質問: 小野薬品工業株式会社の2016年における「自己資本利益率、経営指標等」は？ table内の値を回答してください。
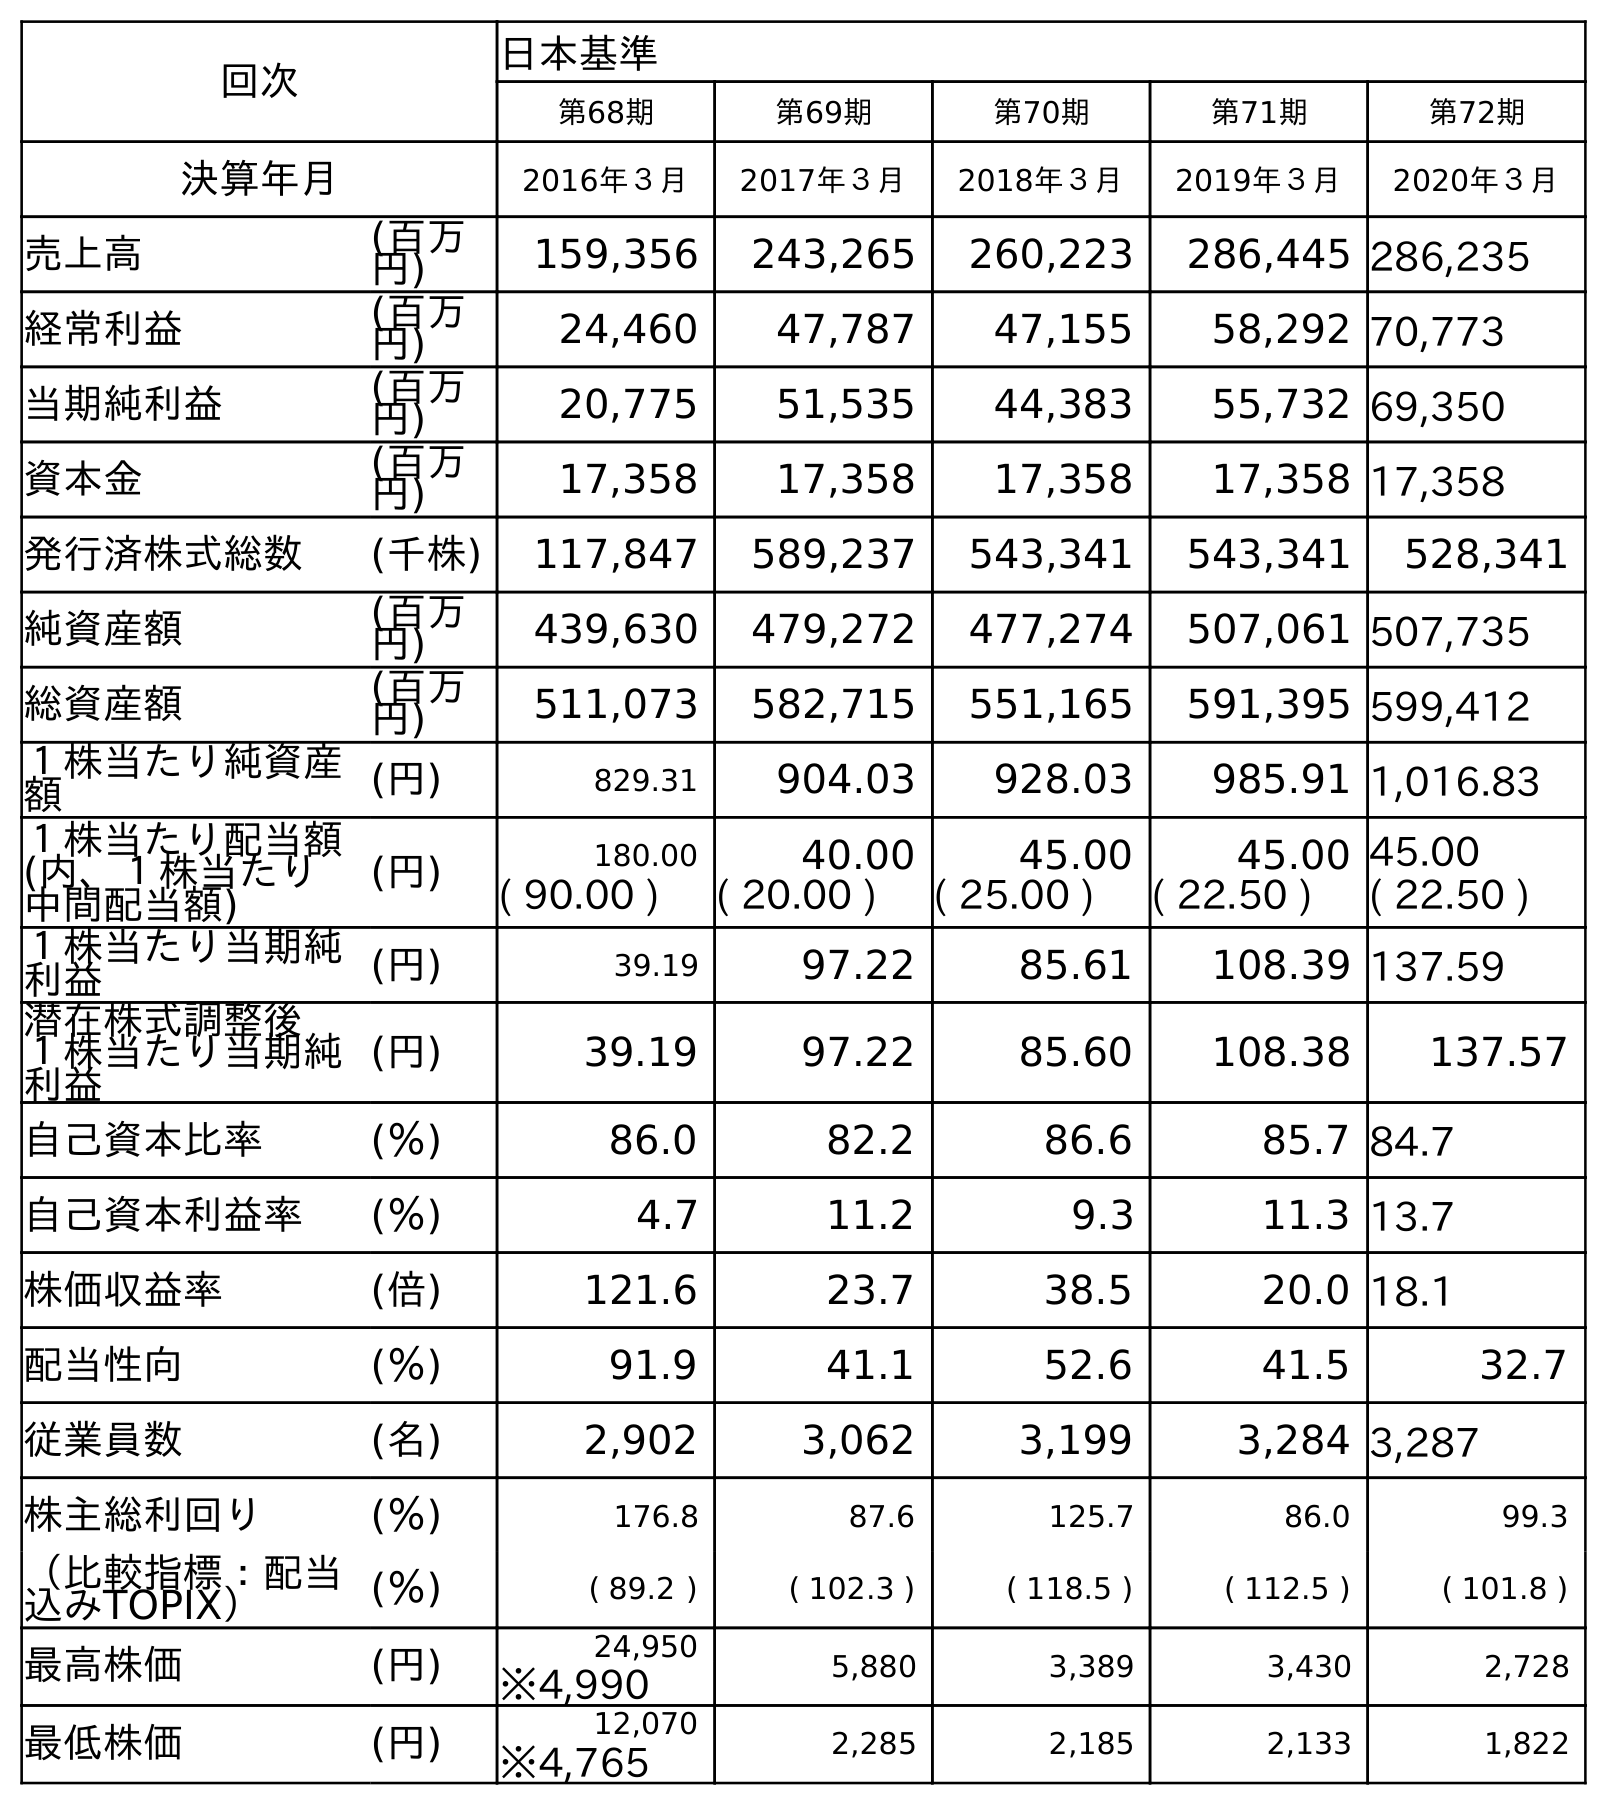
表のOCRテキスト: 回次 日本基準 第68期 第69期 第70期 第71期 第72期 決算年月 2016年３月 2017年３月 2018年３月 2019年３月 2020年３月 売上高 (百万 円) 159,356 243,265 260,223 286,445 286,235 経常利益 (百万 円) 24,460 47,787 47,155 58,292 70,773 当期純利益 (百万 円) 20,775 51,535 44,383 55,732 69,350 資本金 (百万 円) 17,358 17,358 17,358 17,358 17,358 発行済株式総数 (千株) 117,847 589,237 543,341 543,341 528,341 純資産額 (百万 円) 439,630 479,272 477,274 507,061 507,735 総資産額 (百万 円) 511,073 582,715 551,165 591,395 599,412 １株当たり純資産 額 (円) 829.31 904.03 928.03 985.91 1,016.83 １株当たり配当額 (内、１株当たり 中間配当額) (円) 180.00 40.00 45.00 45.00 45.00 ( 90.00 ) ( 20.00 ) ( 25.00 ) ( 22.50 ) ( 22.50 ) １株当たり当期純 利益 (円) 39.19 97.22 85.61 108.39 137.59 潜在株式調整後 １株当たり当期純 利益 (円) 39.19 97.22 85.60 108.38 137.57 自己資本比率 (％) 86.0 82.2 86.6 85.7 84.7 自己資本利益率 (％) 4.7 11.2 9.3 11.3 13.7 株価収益率 (倍) 121.6 23.7 38.5 20.0 18.1 配当性向 (％) 91.9 41.1 52.6 41.5 32.7 従業員数 (名) 2,902 3,062 3,199 3,284 3,287 株主総利回り (％) 176.8 87.6 125.7 86.0 99.3 （比較指標：配当 込みTOPIX） (％) ( 89.2 ) ( 102.3 ) ( 118.5 ) ( 112.5 ) ( 101.8 ) 最高株価 (円) 24,950 5,880 3,389 3,430 2,728 ※4,990 最低株価 (円) 12,070 2,285 2,185 2,133 1,822 ※4,765
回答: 4.7